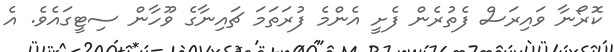
ކޮރޯނާ ވައިރަސް ފެތުރެން ފެށީ އެންމެ ފުރަތަމަ ޗައިނާގެ ވޫހާން ސިޓީގައެވެ. އެ